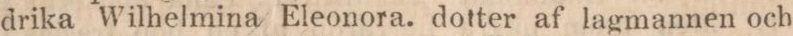
drika Wilhelmina Eleonora. dotter af lagmannen och